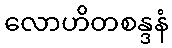
လောဟိတစန္ဒနံ